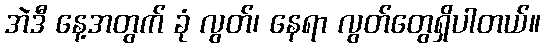
အဲဒီ နေ့အတွက် ခုံ လွတ်၊ နေရာ လွတ်တွေရှိပါတယ်။